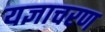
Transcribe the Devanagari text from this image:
यज्ञाचरण